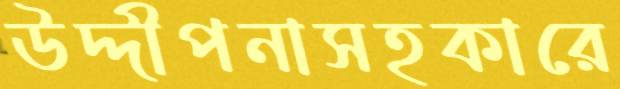
উদ্দীপনাসহকারে